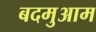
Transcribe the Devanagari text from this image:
बदमुआम